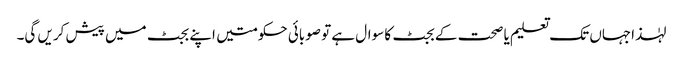
لہٰذاجہاں تک تعلیم یا صحت کے بجٹ کا سوال ہے تو صوبائی حکومتیں اپنے بجٹ میں پیش کریں گی۔